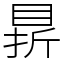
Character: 䁀